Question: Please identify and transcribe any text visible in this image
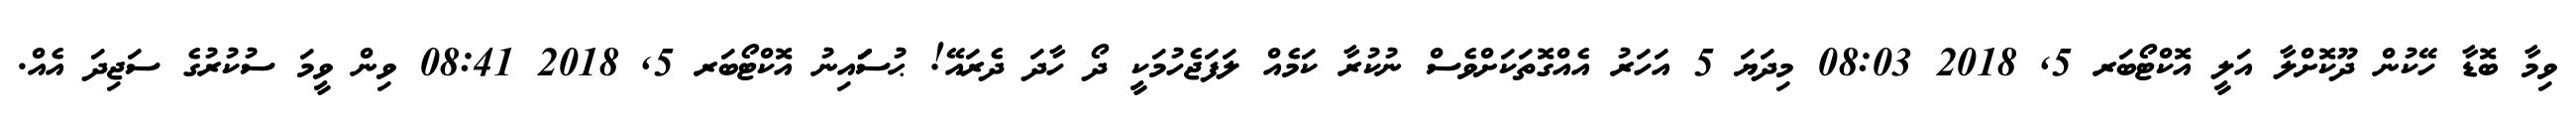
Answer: ވިމާ ބޮޑާ ހޭކުން ދޫކޮށްލާ އަލީ އޮކްޓޯބަރ 5, 2018 08:03 މިދަޔަ 5 އަހަރު އެއްގޮތަކަށްވެސް ނުކުރާ ކަމެއް ލަފަޖެހުމަކީ ދޯ ހާދަ ދެރައޭ! ޙުސަަަަަަަައިނު އޮކްޓޯބަރ 5, 2018 08:41 ވިން ވީމަ ސުކުރުގެ ސަޖިދަ އެއް.